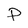
Character: P